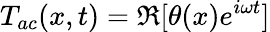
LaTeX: T_{ac}(x,t)=\Re[\theta(x)e^{i\omega t}]